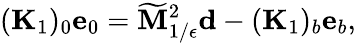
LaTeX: (\mathbf{K}_{1})_{0}\mathbf{e}_{0}=\widetilde{\mathbf{M}}_{1/\epsilon}^{2}\mathbf{d}-(\mathbf{K}_{1})_{b}\mathbf{e}_{b},